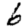
Digit: 6